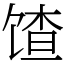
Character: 馇